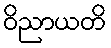
ဝိညာယတိ